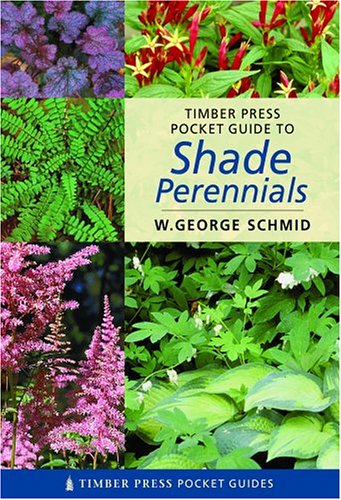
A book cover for Pocket Guide to Shade Perennials (Timber Press Pocket Guides); W. George Schmid; Crafts, Hobbies & Home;